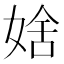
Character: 𡞆